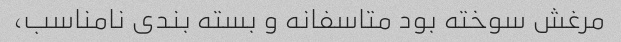
مرغش سوخته بود متاسفانه و بسته بندی نامناسب،